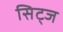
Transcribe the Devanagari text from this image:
सिट्ज